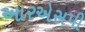
આરએસપી